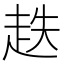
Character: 趃